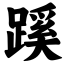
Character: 蹊